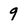
Character: 9